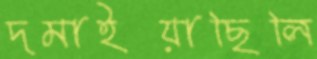
দমাইয়াছিলি